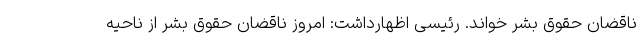
ناقضان حقوق بشر خواند. رئیسی اظهارداشت: امروز ناقضان حقوق بشر از ناحیه